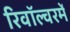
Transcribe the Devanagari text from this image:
रिवॉल्वरमें